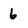
Character: 6